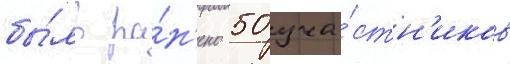
бы́ло ра́н'ено 50 уча́стн'иков